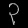
Digit: ၃